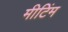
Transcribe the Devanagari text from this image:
मीटिंम